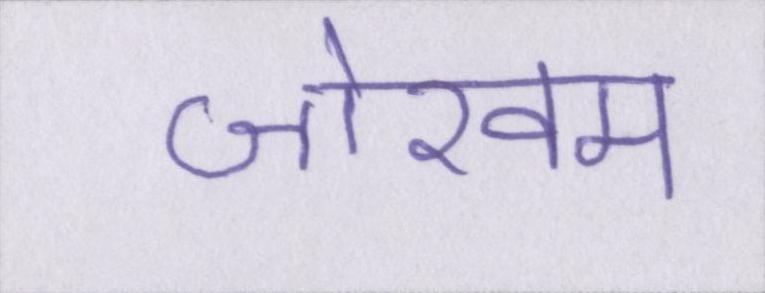
जोखम